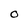
Character: O